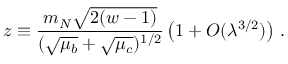
z \equiv { \frac { m _ { N } \sqrt { 2 ( w - 1 ) } } { ( \sqrt { \mu _ { b } } + \sqrt { \mu _ { c } } ) ^ { 1 / 2 } } } \left( 1 + { \cal O } ( \lambda ^ { 3 / 2 } ) \right) \, .